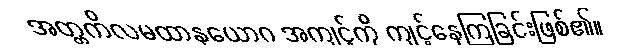
အတ္တကိလမထာနုယောဂ အကျင့်ကို ကျင့်နေကြခြင်းဖြစ်၏။